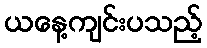
ယနေ့ကျင်းပသည့်